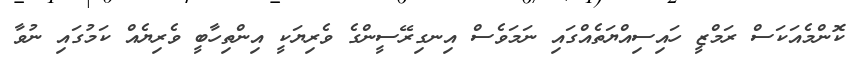
ކޮންމެއަކަސް ރަމްޒީ ހައިސިއްޔަތެއްގައި ނަމަވެސް އިނގިރޭސީންގެ ވެރިޔަކީ އިންތިހާބީ ވެރިޔެއް ކަމުގައި ނުވާ